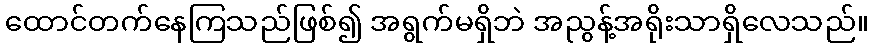
ထောင်တက်နေကြသည်ဖြစ်၍ အရွက်မရှိဘဲ အညွန့်အရိုးသာရှိလေသည်။